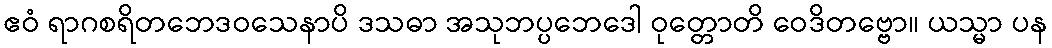
ဧဝံ ရာဂစရိတဘေဒဝသေနာပိ ဒသဓာ အသုဘပ္ပဘေဒေါ ဝုတ္တောတိ ဝေဒိတဗ္ဗော။ ယသ္မာ ပန